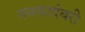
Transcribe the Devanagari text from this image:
नवकादंबरी